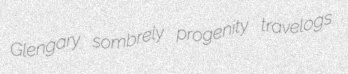
Glengary sombrely progenity travelogs